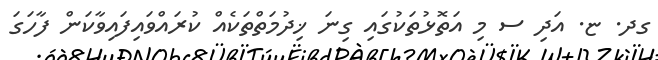
ގދ. ޏ. އަދި ސ މި އަތޮޅުތަކުގައި ގިނަ ޚިދުމަތްތަކެއް ކުރައްވައިފައިވާކަން ފާހަގަ